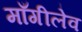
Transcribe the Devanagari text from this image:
माँगीलेव